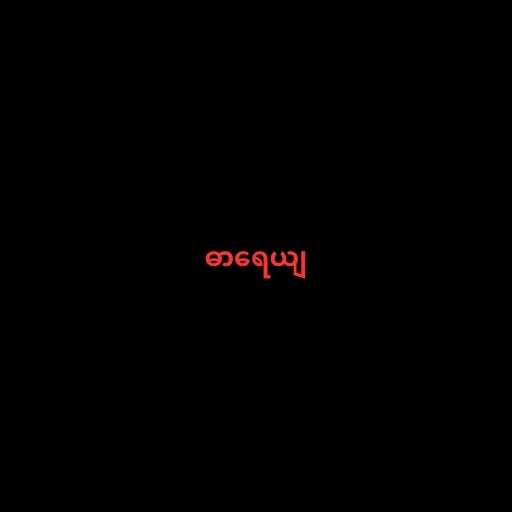
ဓာရေယျ